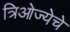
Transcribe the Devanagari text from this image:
त्रिओज्येचे